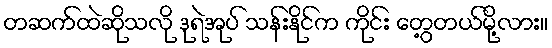
တဆက်ထဲဆိုသလို ဒုရဲအုပ် သန်းနိုင်က ကိုင်း တွေ့တယ်မို့လား။